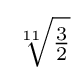
{\textstyle {\sqrt[{11}]{\frac {3}{2}}}}